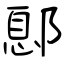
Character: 鄎